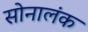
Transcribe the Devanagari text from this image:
सोनालंक